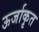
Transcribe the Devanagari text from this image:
ऊर्जाकृत